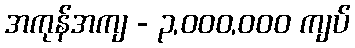
အကုန်အကျ - ၃,၀၀၀,၀၀၀ ကျပ်